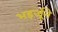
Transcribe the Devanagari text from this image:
भइर्जूने